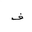
Letter: _fa